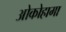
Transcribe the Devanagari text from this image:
ओकोहामा